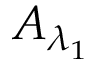
A _ { \lambda _ { 1 } }